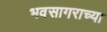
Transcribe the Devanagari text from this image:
भवसागराच्या